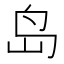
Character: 岛